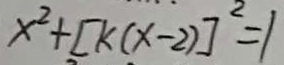
x ^ { 2 } + [ k ( x - 2 ) ] ^ { 2 } = 1